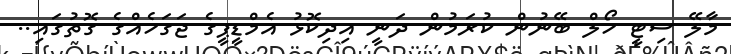
މާލޭ ސިޓީ ހޯލް ބޭނުން ކުރަމުން ދަނީ އިދިކޮޅު އެމްޑީޕީގެ ޖަގަހެއްގެ ގޮތުގައި..